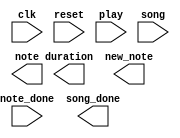
module song_reader(
    input clk,
    input reset,
    input play,
    input [1:0] song,
    input note_done,
    output song_done,
    output [5:0] note,
    output [5:0] duration,
    output new_note
);

    // Implementation goes here!

endmodule